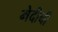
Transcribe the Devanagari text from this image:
मेदीची